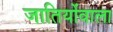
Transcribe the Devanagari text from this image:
जातियोंवाला